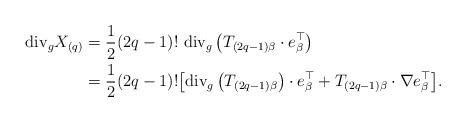
LaTeX: \begin{align*} \mathrm{div}_g X_{(q)} &= \frac{1}{2} (2q-1)! \ \mathrm{div}_g \left( T_{(2q-1)\beta} \cdot e_{\beta}^{\top} \right) \\ &= \frac{1}{2} (2q-1)! \big[ \mathrm{div}_g \left( T_{(2q-1)\beta} \right) \cdot e_{\beta}^{\top} + T_{(2q-1)\beta} \cdot \nabla e_{\beta}^{\top} \big]. \end{align*}